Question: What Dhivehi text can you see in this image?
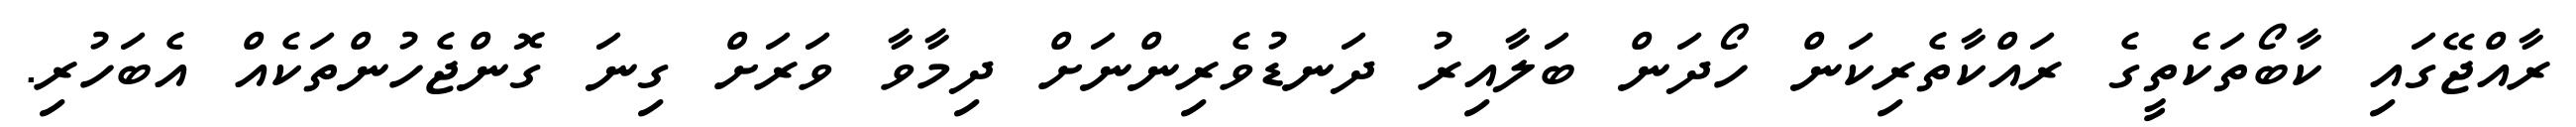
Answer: ރާއްޖޭގައި ކާބޯތަކެތީގެ ރައްކާތެރިކަން ހޯދަން ބަލާއިރު ދަނޑުވެރިންނަށް ދިމާވާ ވަރަށް ގިނަ ގޮންޖެހުންތަކެއް އެބަހުރި.